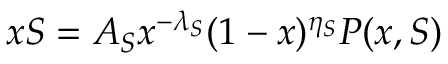
x S = A _ { S } x ^ { - \lambda _ { S } } ( 1 - x ) ^ { \eta _ { S } } P ( x , S )